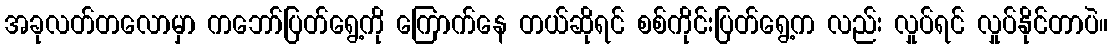
အခုလတ်တလောမှာ ကဘော်ပြတ်ရွေ့ကို ကြောက်နေ တယ်ဆိုရင် စစ်ကိုင်းပြတ်ရွေ့က လည်း လှုပ်ရင် လှုပ်နိုင်တာပဲ။